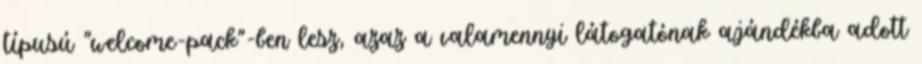
típusú "welcome-pack"-ben lesz, azaz a valamennyi látogatónak ajándékba adott